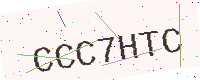
Text: CCC7HTC